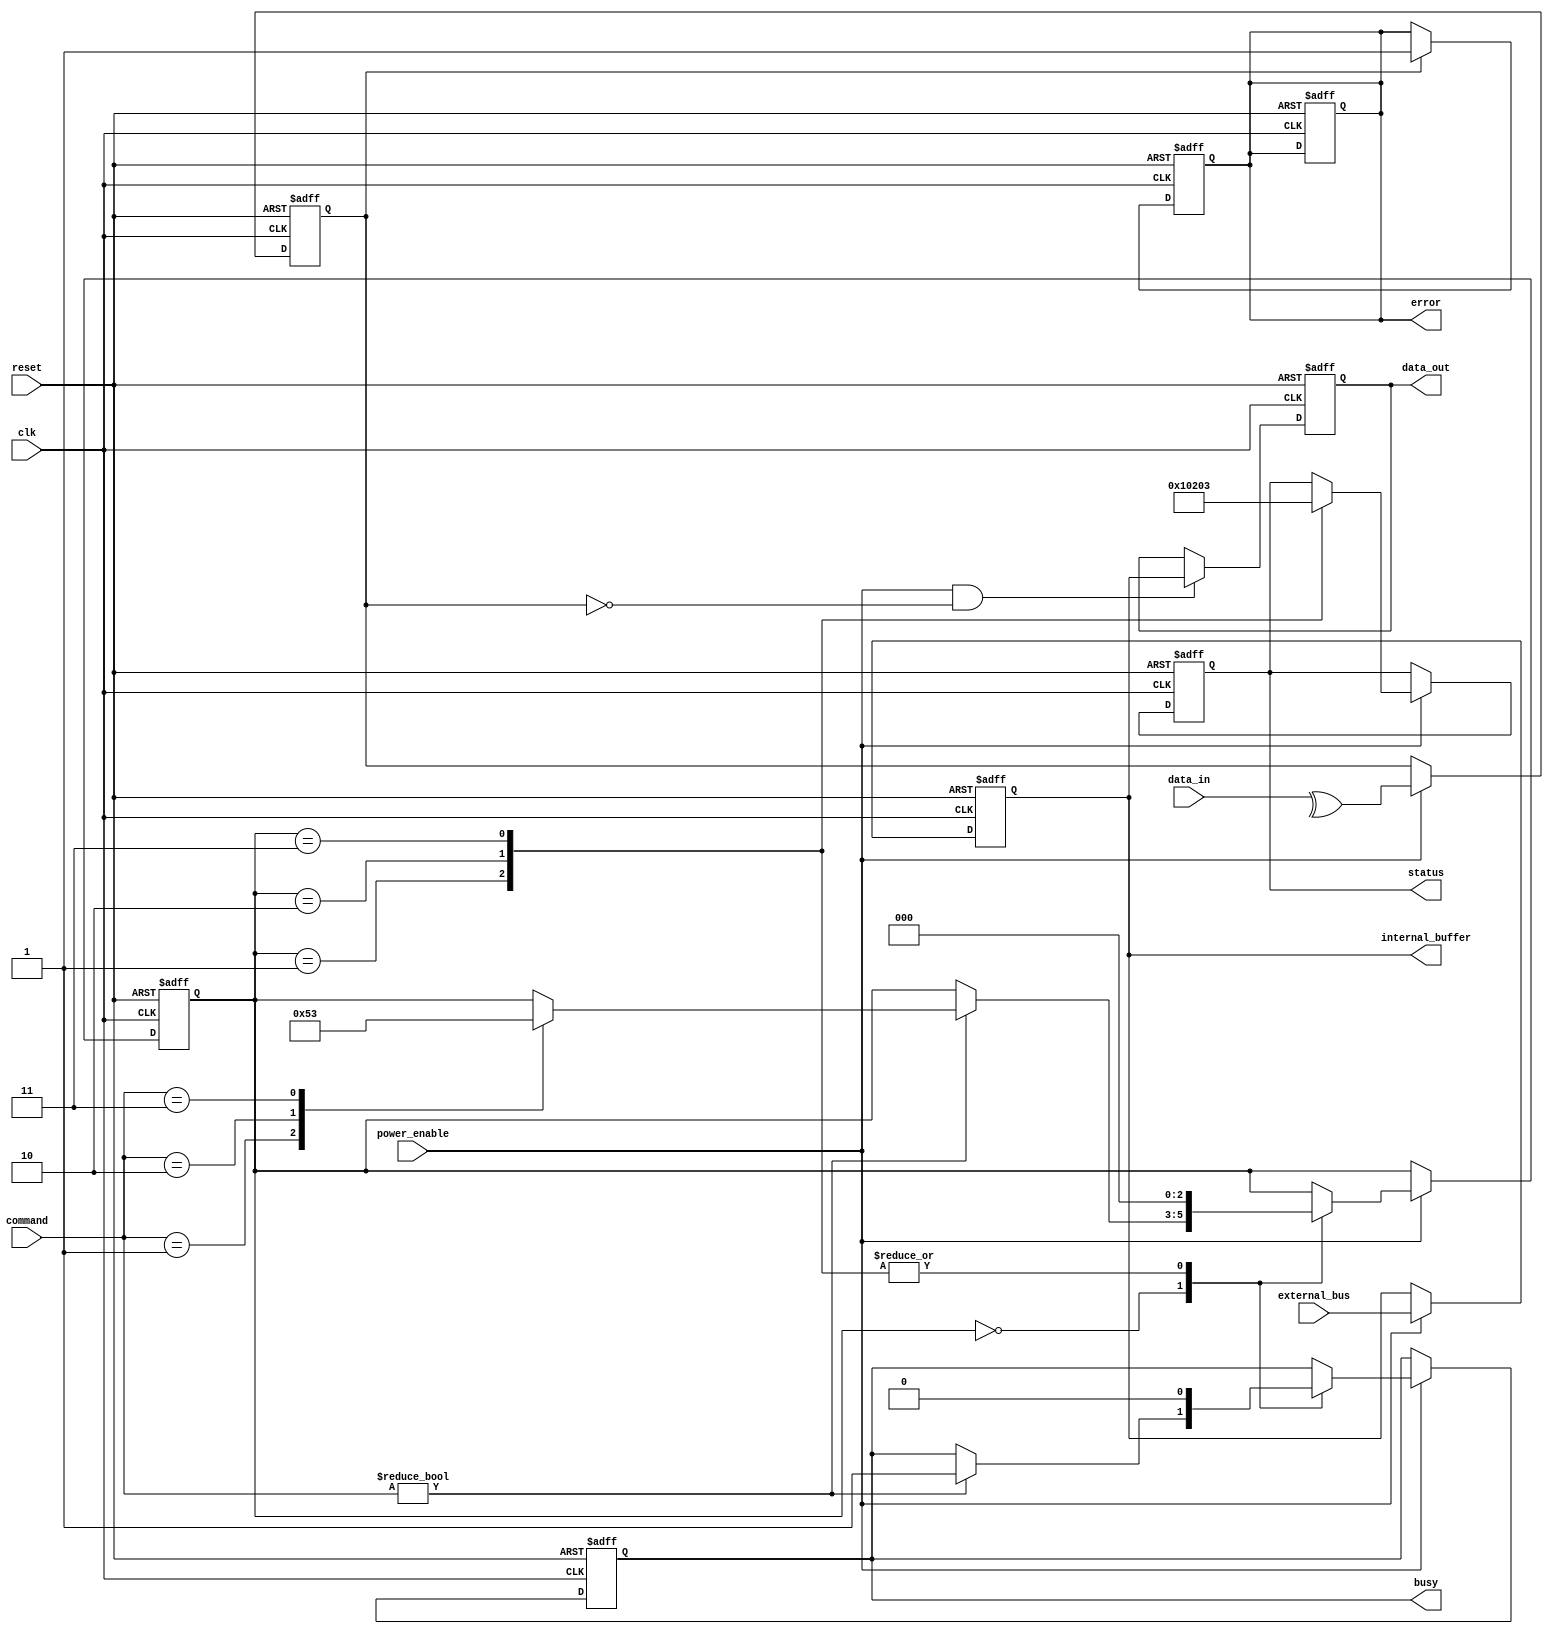
module tlc_nand_io_block (
    input wire clk,
    input wire reset,
    input wire [7:0] data_in,         // Data input from external sources
    output reg [7:0] data_out,        // Data output to external interface
    input wire [3:0] command,         // Command input
    output reg [7:0] status,          // Status output
    output reg busy,                  // Busy signal
    output reg error,                 // Error signal
    input wire power_enable,          // Power management signal
    input wire [7:0] external_bus,    // External bus interface
    output reg [7:0] internal_buffer   // Internal data buffer
);

// Input Buffer
reg [7:0] input_buffer;
reg edc_error;

always @(posedge clk or posedge reset) begin
    if (reset) begin
        input_buffer <= 8'b0;
        edc_error <= 1'b0;
    end else if (power_enable) begin
        // Simple EDC check (parity example)
        input_buffer <= data_in;
        edc_error <= ^data_in; // Example: simple parity check
    end
end

// Output Buffer
always @(posedge clk or posedge reset) begin
    if (reset) begin
        data_out <= 8'b0;
    end else if (power_enable && !edc_error) begin
        data_out <= internal_buffer; // Drive output from internal buffer
    end
end

// Command Interface and State Machine
reg [2:0] state;
localparam IDLE = 3'b000, READ = 3'b001, WRITE = 3'b010, ERASE = 3'b011;

always @(posedge clk or posedge reset) begin
    if (reset) begin
        state <= IDLE;
        busy <= 1'b0;
        status <= 8'b0;
    end else if (power_enable) begin
        case (state)
            IDLE: begin
                if (command != 4'b0000) begin
                    busy <= 1'b1;
                    case (command)
                        4'b0001: state <= READ;  // Read command
                        4'b0010: state <= WRITE; // Write command
                        4'b0011: state <= ERASE;  // Erase command
                    endcase
                end
            end
            READ: begin
                // Read operation logic
                // ... (omitted for brevity)
                state <= IDLE;
                busy <= 1'b0;
                status <= 8'b00000001; // Read success
            end
            WRITE: begin
                // Write operation logic
                // ... (omitted for brevity)
                state <= IDLE;
                busy <= 1'b0;
                status <= 8'b00000010; // Write success
            end
            ERASE: begin
                // Erase operation logic
                // ... (omitted for brevity)
                state <= IDLE;
                busy <= 1'b0;
                status <= 8'b00000011; // Erase success
            end
        endcase
    end
end

// Data Path Control
always @(posedge clk or posedge reset) begin
    if (reset) begin
        internal_buffer <= 8'b0;
    end else if (power_enable) begin
        internal_buffer <= external_bus; // Example: data from external bus
    end
end

// Power Management
always @(posedge clk or posedge reset) begin
    if (reset) begin
        error <= 1'b0;
    end else if (!power_enable) begin
        // Handle power down scenario
        // ... (omitted for brevity)
    end
end

// Error Handling (simplified)
always @(posedge clk or posedge reset) begin
    if (reset) begin
        error <= 1'b0;
    end else if (edc_error) begin
        error <= 1'b1; // Set error flag on EDC failure
    end
end

endmodule